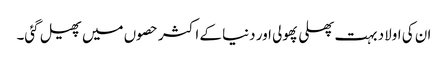
ان کی اولاد بہت پھلی پھولی اور دنیا کے اکثر حصوں میں پھیل گئی۔